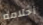
أحلامه